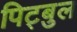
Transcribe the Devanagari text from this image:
पिट्बुल